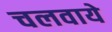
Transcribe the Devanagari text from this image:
चलवाये